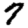
Digit: 7